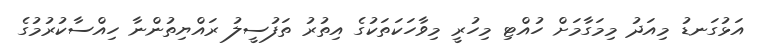
އަޅުގަނޑު މިއަދު މިމަގާމަށް ހުއްޓި މިހުރީ މިވާހަކަތަކުގެ އިތުރު ތަފުސީލު ރައްޔިތުންނާ ހިއްސާކުރުމުގެ